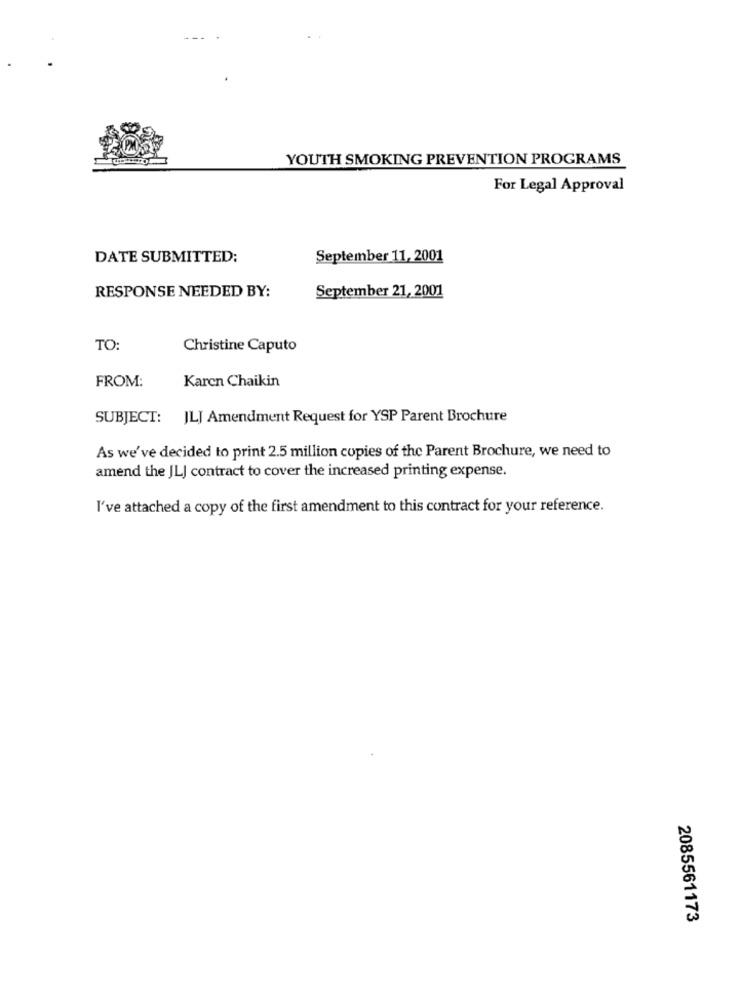
YOUTH SMOKING PREVENTION PROGRAMS
For Legal Approval
DATE SUBMITTED:
September 11, 2001
September 21, 2001
RESPONSE NEEDED BY:
TO:
Christine Caputo
FROM:
Karen Chaikin
SUBJECT: JLJ Amendment Request for YSP Parent Brochure
As we've decided to print 2.5 million copies of the Parent Brochure, we need to
amend the JLJ contract to cover the increased printing expense.
I've attached a copy of the first amendment to this contract for your reference.
2085561173